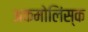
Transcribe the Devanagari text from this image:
अकमोलिंस्क